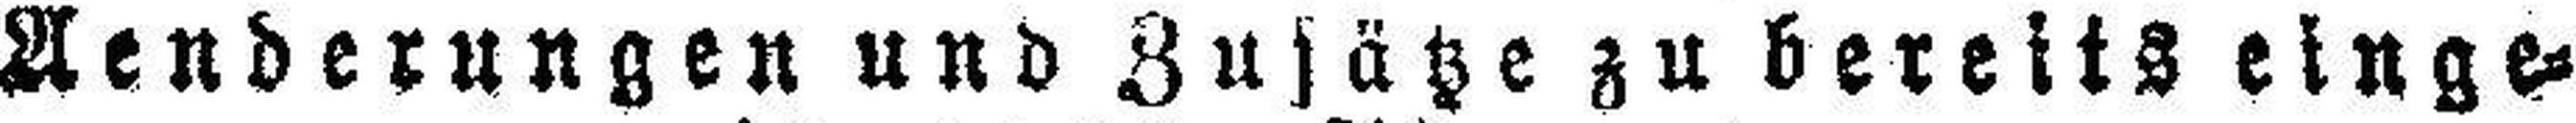
Aenderungen und Zusätze zu bereits einge¬